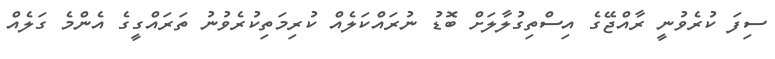
ސިފަ ކުރެވުނީ ރާއްޖޭގެ އިސްތިގުލާލަށް ބޮޑު ނުރައްކަލެއް ކުރިމަތިކުރެވުނު ތަަރައްގީގެ އެންމެ ގަލެއް